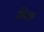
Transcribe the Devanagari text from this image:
भिन्ता